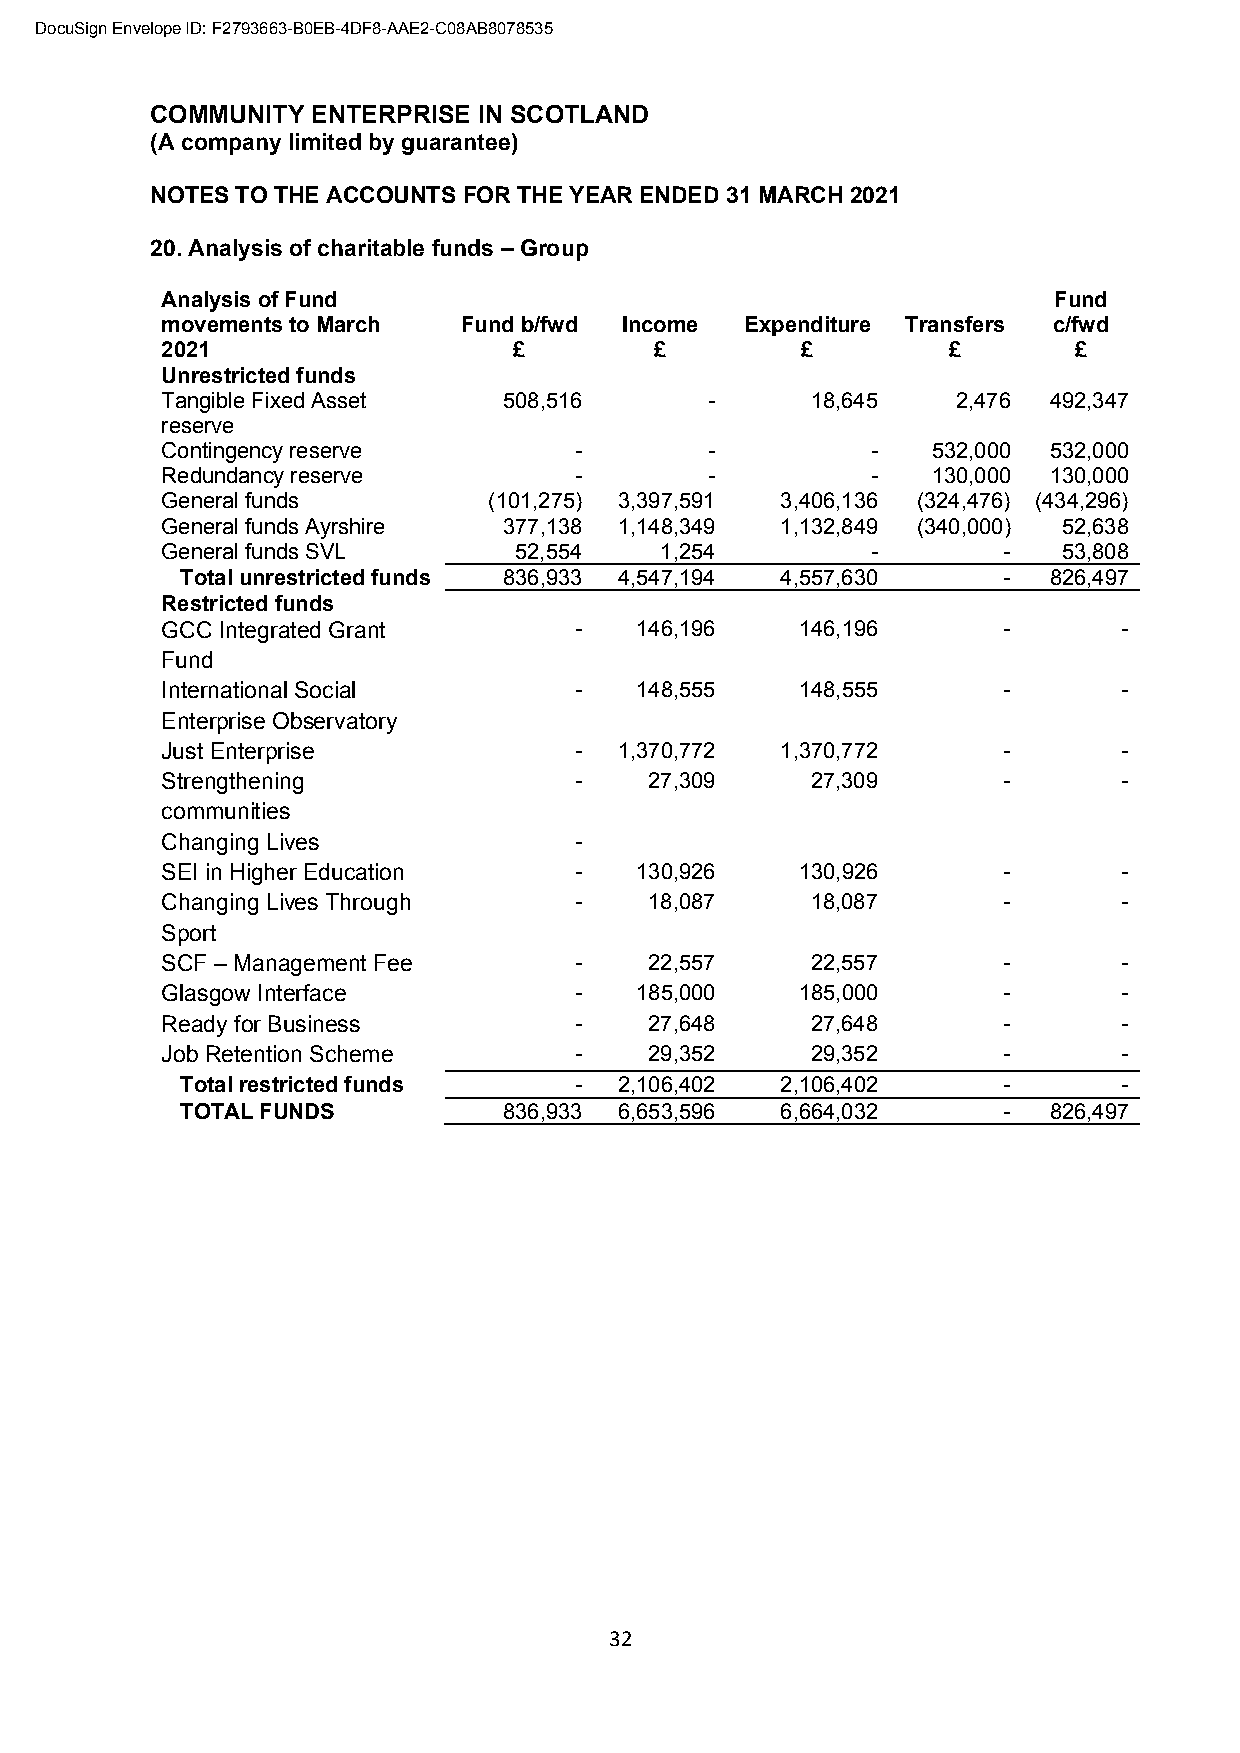
DocuSign Envelope ID: F2793663-B0EB-4DF8-AAE2-C08AB8078535
 COMMUNITY  ENTERPRISE IN SCOTLAND
 (A company limited by guarantee)
 NOTES TO THE ACCOUNTS FOR THE YEAR ENDED 31 MARCH 2021
 20. Analysis of charitable funds – Group
 Analysis of Fund                                           Fund
 movements to March  Fund b/fwd Income Expenditure Transfers c/fwd
 2021                   £        £         £         £       £
 Unrestricted funds
 Tangible Fixed Asset  508,516       -      18,645   2,476 492,347
 reserve
 Contingency reserve        -        -          -   532,000 532,000
 Redundancy reserve         -        -          -   130,000 130,000
 General funds        (101,275) 3,397,591 3,406,136 (324,476) (434,296)
 General funds Ayrshire 377,138 1,148,349 1,132,849 (340,000) 52,638
 General funds SVL      52,554    1,254         -       -   53,808
 Total unrestricted funds 836,933 4,547,194 4,557,630  -  826,497
 Restricted funds
 GCC Integrated Grant       -   146,196    146,196      -       -
 Fund
 International Social       -   148,555    148,555      -       -
 Enterprise Observatory
 Just Enterprise            -  1,370,772  1,370,772     -       -
 Strengthening              -    27,309     27,309      -       -
 communities
 Changing Lives             -
 SEI in Higher Education    -   130,926    130,926      -       -
 Changing Lives Through     -    18,087     18,087      -       -
 Sport
 SCF – Management Fee       -    22,557     22,557      -       -
 Glasgow Interface          -   185,000    185,000      -       -
 Ready for Business         -    27,648     27,648      -       -
 Job Retention Scheme       -    29,352     29,352      -       -
 Total restricted funds    -  2,106,402  2,106,402     -       -
 TOTAL FUNDS          836,933 6,653,596  6,664,032     -  826,497
 32